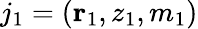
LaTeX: j_{1}=({\mathbf r}_{1},z_{1},m_{1})